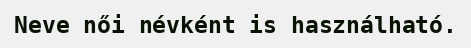
Neve női névként is használható.